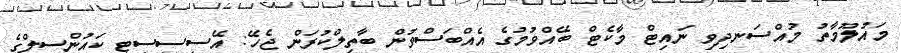
މައުލޫމާތު މުއްސަނދިވި ނައިޓް މާކެޓް ބޭއްވުމުގެ އެއްބަސްވުން ބާތިލްކުރަން ޖެހޭ: އޭސީސީސިޓީ ކައުންސިލްގެ